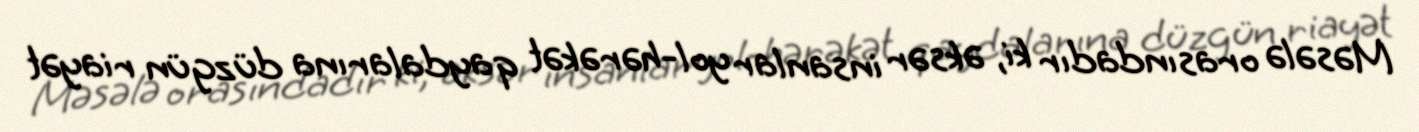
Məsələ orasındadır ki, əksər insanlar yol-hərəkət qaydalarına düzgün riayət